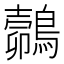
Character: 𪄽